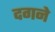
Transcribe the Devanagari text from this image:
दगने